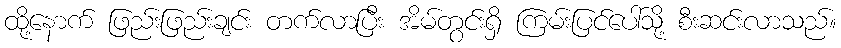
ထို့နောက် ဖြည်းဖြည်းချင်း တက်လာပြီး အိမ်တွင်းရှိ ကြမ်းပြင်ပေါ်သို့ စီးဆင်းလာသည်။